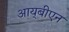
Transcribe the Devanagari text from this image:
आय्‌बीएन